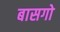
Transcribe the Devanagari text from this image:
बासगो